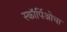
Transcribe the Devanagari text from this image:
स्कॉर्पिओचा